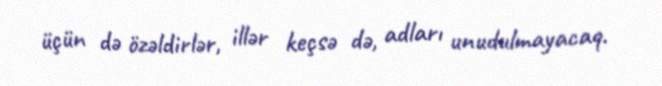
üçün də özəldirlər, illər keçsə də, adları unudulmayacaq.